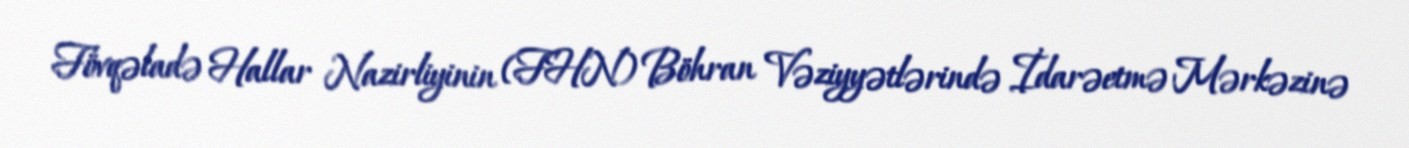
Fövqəladə Hallar Nazirliyinin (FHN) Böhran Vəziyyətlərində İdarəetmə Mərkəzinə